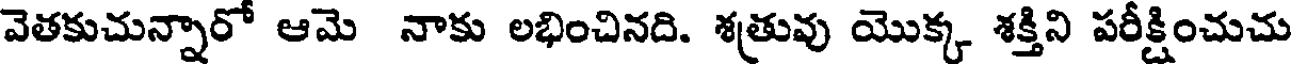
వెతకుచున్నారో ఆమె నాకు లభించినది. శత్రువు యొక్క శక్తిని పరీక్షించుచు